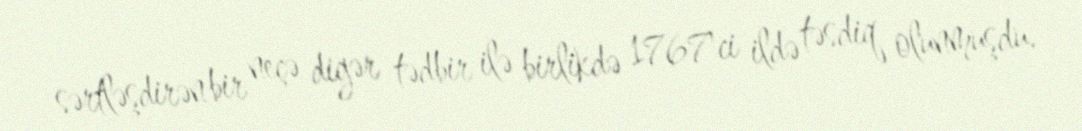
sərtləşdirən bir neçə digər tədbir ilə birlikdə 1767'ci ildə təsdiq olunmuşdu.